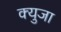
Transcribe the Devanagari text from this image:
क्युजा